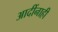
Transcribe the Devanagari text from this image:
आदींनाही